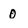
Character: 0